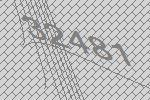
32481